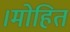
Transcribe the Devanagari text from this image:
।मोहित